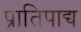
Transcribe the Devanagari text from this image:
प्रातिपाद्य